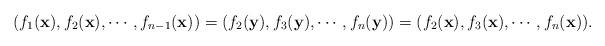
LaTeX: \begin{align*} (f_1(\mathbf{x}),f_2(\mathbf{x}),\cdots,f_{n-1}(\mathbf{x}))=(f_2(\mathbf{y}),f_3(\mathbf{y}),\cdots,f_n(\mathbf{y}))=(f_2(\mathbf{x}),f_3(\mathbf{x}),\cdots,f_n(\mathbf{x})).\end{align*}